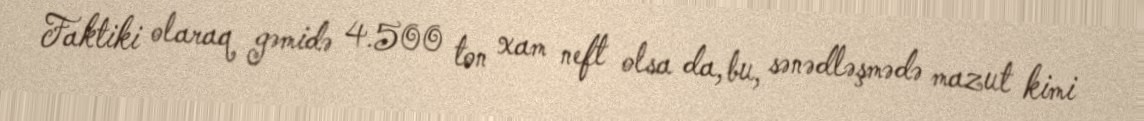
Faktiki olaraq gəmidə 4.500 ton xam neft olsa da, bu, sənədləşmədə mazut kimi